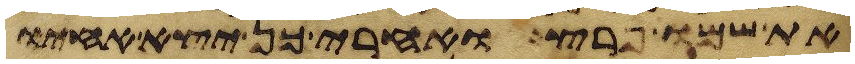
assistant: את שמו פרץ ואחרי כן יצא אחיו